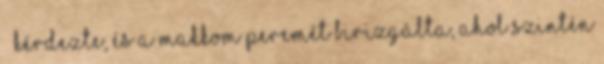
– kérdezte, és a makkom peremét birizgálta, ahol szintén